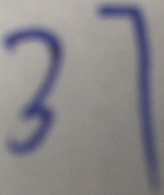
3 7